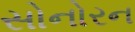
સોનોરન